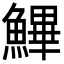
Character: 𩺷